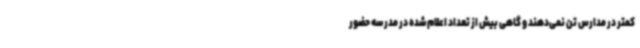
کمتر در مدارس تن نمی‌دهند و گاهی بیش از تعداد اعلام‌شده در مدرسه حضور